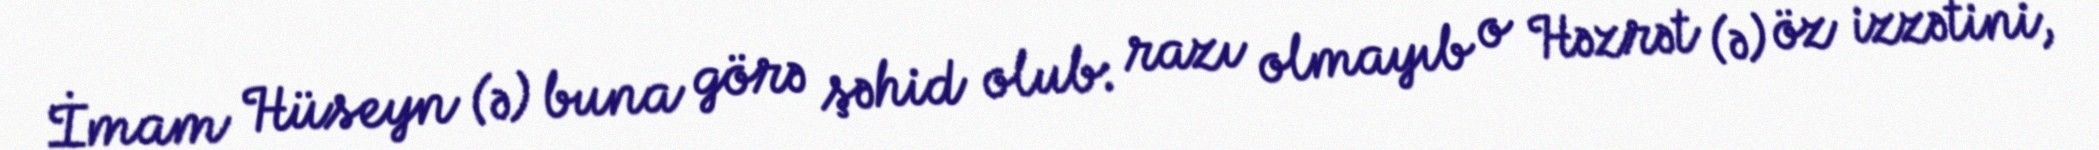
İmam Hüseyn (ə) buna görə şəhid olub: razı olmayıb o Həzrət (ə) öz izzətini,